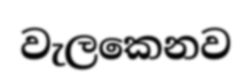
වැලකෙනව